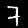
Digit: 7